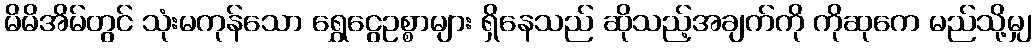
မိမိအိမ်တွင် သုံးမကုန်သော ရွှေငွေဥစ္စာများ ရှိနေသည် ဆိုသည့်အချက်ကို ကိုဆုကေ မည်သို့မျှ